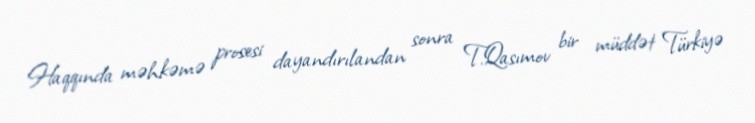
Haqqında məhkəmə prosesi dayandırılandan sonra T.Qasımov bir müddət Türkiyə